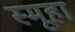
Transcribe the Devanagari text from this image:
स्मूहा